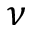
\nu